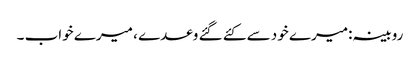
روبینہ:میرے خود سے کئے گئے وعدے ، میرے خواب ۔